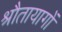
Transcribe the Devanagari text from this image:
श्रौतायागों